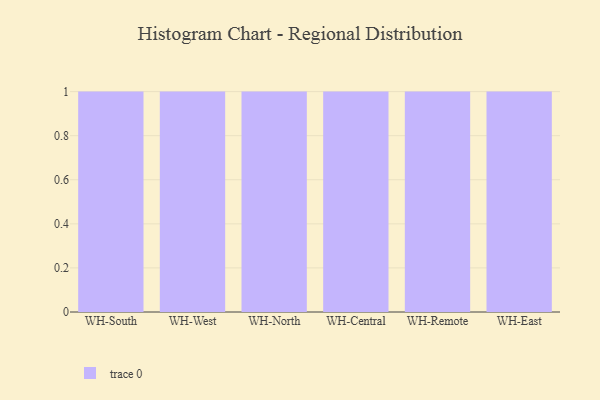
{"axis": {"x": "Warehouse", "y": "Population (Million)"}, "legend": [""], "data": [{"x": "WH-South", "y": 19, "type": ""}, {"x": "WH-West", "y": 76, "type": ""}, {"x": "WH-North", "y": 25, "type": ""}, {"x": "WH-Central", "y": 4, "type": ""}, {"x": "WH-Remote", "y": 88, "type": ""}, {"x": "WH-East", "y": 98, "type": ""}]}